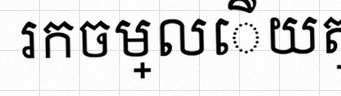
រកចម្លើយត្រឹមត្រូវ